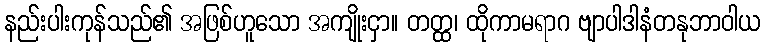
နည်းပါးကုန်သည်၏ အဖြစ်ဟူသော အကျိုးငှာ။ တတ္ထ၊ ထိုကာမရာဂ ဗျာပါဒါနံတနုဘာဝါယ